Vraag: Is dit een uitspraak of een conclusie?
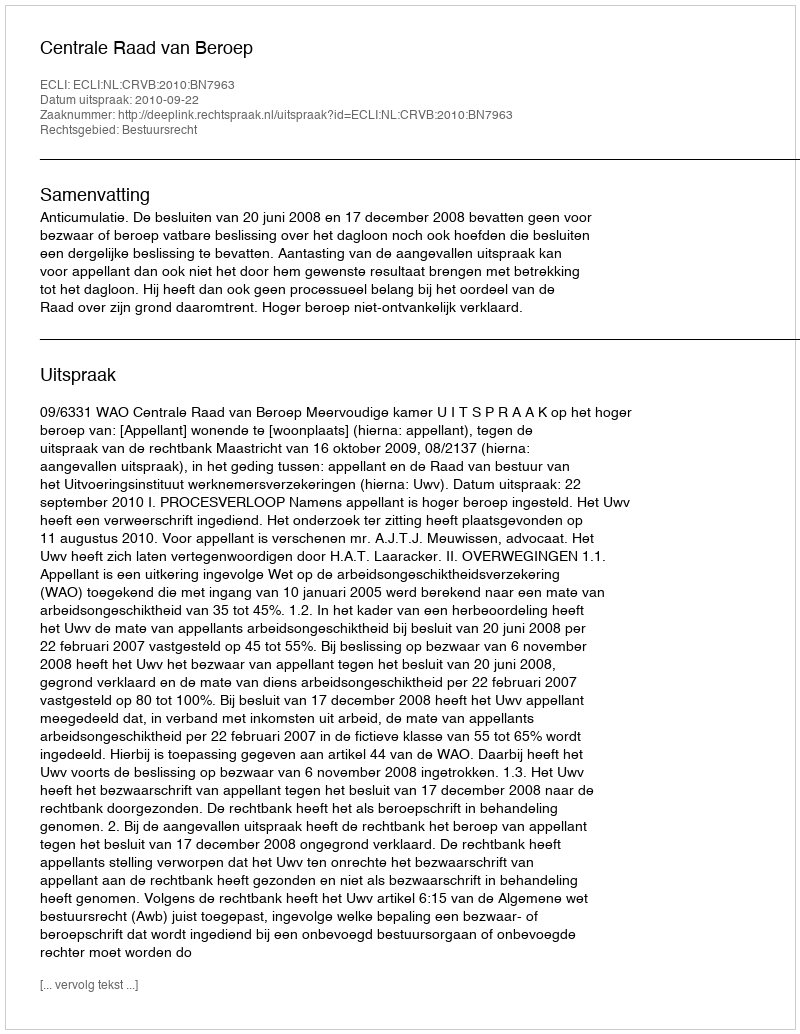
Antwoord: Uitspraak